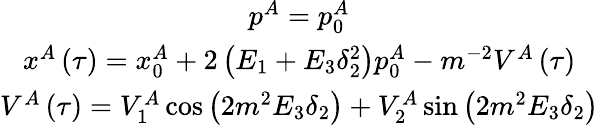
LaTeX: \begin{array}{c}{{p^{A}=p_{0}^{A}}}\\ {{x^{A}\left(\tau\right)=x_{0}^{A}+2\left(E_{1}+E_{3}\delta_{2}^{2}\right)p_{0}^{A}-m^{-2}V^{A}\left(\tau\right)}}\\ {{V^{A}\left(\tau\right)=V_{1}^{A}\cos\left(2m^{2}E_{3}\delta_{2}\right)+V_{2}^{A}\sin\left(2m^{2}E_{3}\delta_{2}\right)}}\end{array}